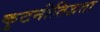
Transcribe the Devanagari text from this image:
कुटनीतिज्ञता